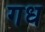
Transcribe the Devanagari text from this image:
गध